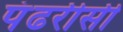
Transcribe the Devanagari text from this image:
पंढरीसी